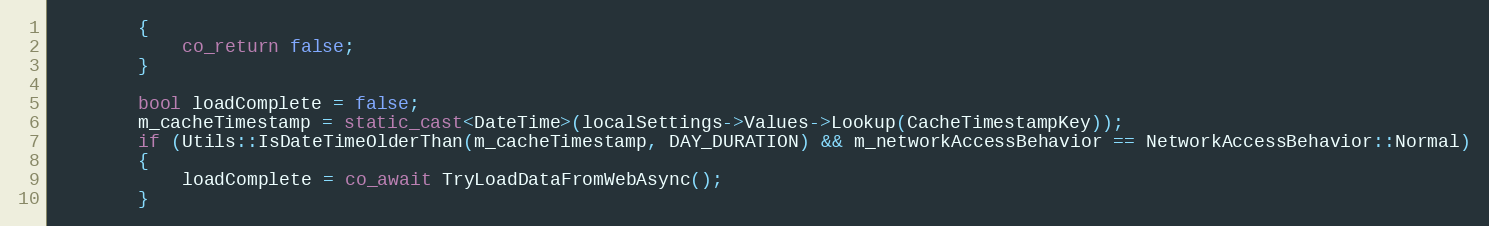
Language: C++
        {
            co_return false;
        }

        bool loadComplete = false;
        m_cacheTimestamp = static_cast<DateTime>(localSettings->Values->Lookup(CacheTimestampKey));
        if (Utils::IsDateTimeOlderThan(m_cacheTimestamp, DAY_DURATION) && m_networkAccessBehavior == NetworkAccessBehavior::Normal)
        {
            loadComplete = co_await TryLoadDataFromWebAsync();
        }